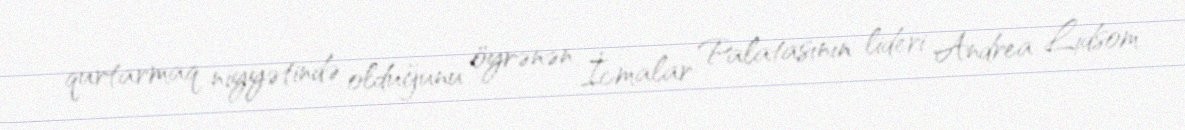
qurtarmaq niyyətində olduğunu öyrənən İcmalar Palatasının lideri Andrea Lidsom